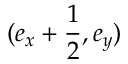
( e _ { x } + \frac { 1 } { 2 } , e _ { y } )